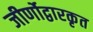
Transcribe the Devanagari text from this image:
जीर्णोद्वारकृत